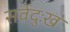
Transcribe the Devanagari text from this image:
सर्वदुःख